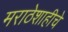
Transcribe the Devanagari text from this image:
मराठेशाहीचे